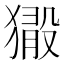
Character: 𤡘